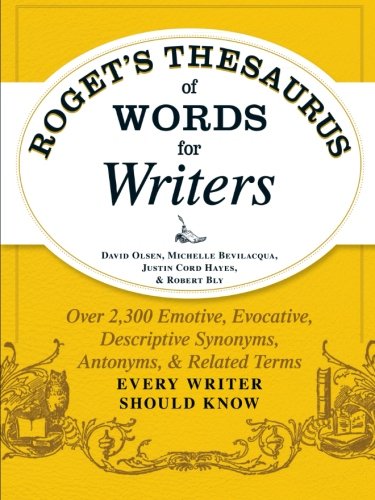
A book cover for Roget's Thesaurus of Words for Writers: Over 2,300 Emotive, Evocative, Descriptive Synonyms, Antonyms, and Related Terms Every Writer Should Know; David Olsen; Reference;